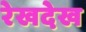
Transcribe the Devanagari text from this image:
रेखदेख